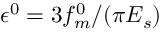
\epsilon ^ { 0 } = 3 f _ { m } ^ { 0 } / ( \pi E _ { s } )